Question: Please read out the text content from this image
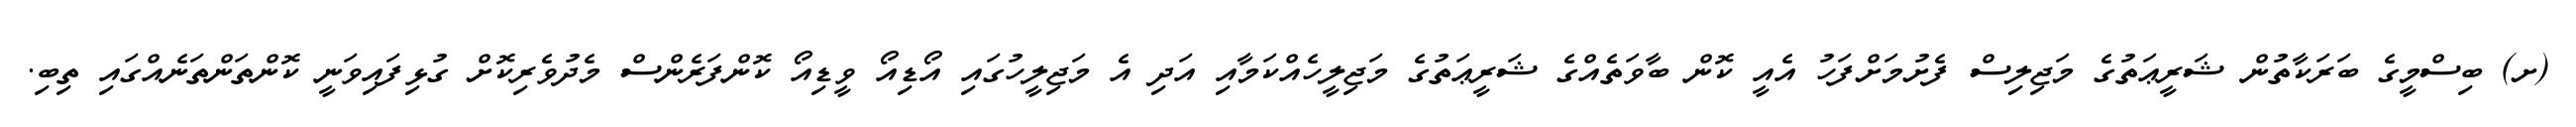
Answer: (ށ) ބިސްމީގެ ބަރަކާތުން ޝަރީޢަތުގެ މަޖިލިސް ފެށުމަށްފަހު އެއީ ކޮން ބާވަތެއްގެ ޝަރީޢަތުގެ މަޖިލީހެއްކަމާއި އަދި އެ މަޖިލީހުގައި އޯޑިއޯ ވީޑިއޯ ކޮންފަރެންސް މެދުވެރިކޮށް ގުޅިފައިވަނީ ކޮންތަންތަނެއްގައި ތިބި.